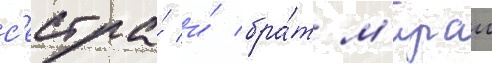
с'естра́ и́ бра́т м'ираи